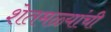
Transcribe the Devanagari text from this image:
शेतमळ्यांची